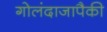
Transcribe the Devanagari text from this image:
गोलंदाजापैकी